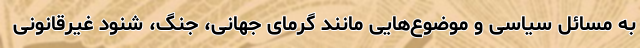
به مسائل سیاسی و موضوع‌هایی مانند گرمای جهانی، جنگ، شنود غیرقانونی